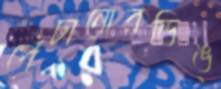
পেঁচানোরডিঙ্